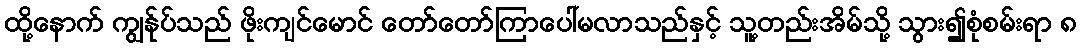
ထို့နောက် ကျွန်ုပ်သည် ဖိုးကျင်မောင် တော်တော်ကြာပေါ်မလာသည်နှင့် သူ့တည်းအိမ်သို့ သွား၍စုံစမ်းရာ ၈